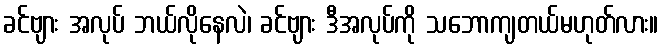
ခင်ဗျား အလုပ် ဘယ်လိုနေလဲ၊ ခင်ဗျား ဒီအလုပ်ကို သဘောကျတယ်မဟုတ်လား။